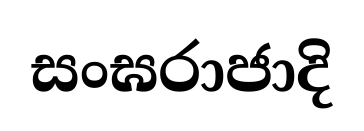
සංඝරාජාදි